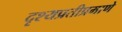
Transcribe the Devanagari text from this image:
दृश्यप्रतीप्रमाणे